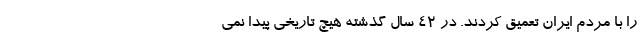
را با مردم ایران تعمیق کردند. در ۴۲ سال گذشته هیچ تاریخی پیدا نمی